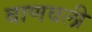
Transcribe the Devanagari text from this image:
बाणवली